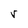
Character: r